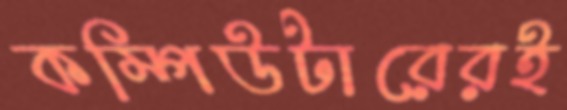
কম্পিউটারেরই